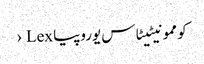
کوممونیٹیٹاس یوروپیا Lex ›